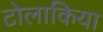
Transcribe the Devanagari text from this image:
टोलाकिया